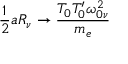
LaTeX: \frac { 1 } { 2 } a R _ { \nu } \rightarrow \frac { T _ { 0 } T _ { 0 } ^ { \prime } \omega _ { 0 \nu } ^ { 2 } } { m _ { e } }